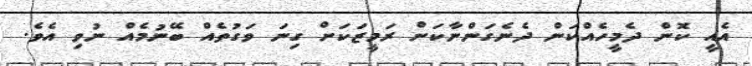
އެއީ ކޮން ދެމީހެއްކަން ދެނެގަންނާކަށް ރަމީޒަކަށް ގިނަ ވަގުތެއް ބޭނުމެއް ނުވި އެވެ.